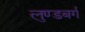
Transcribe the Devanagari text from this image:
लुण्डबर्ग